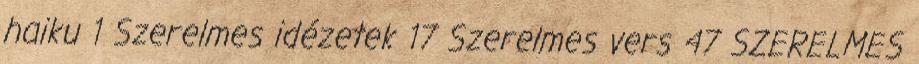
haiku 1 Szerelmes idézetek 17 Szerelmes vers 47 SZERELMES